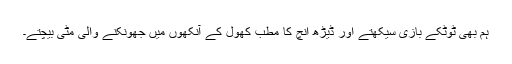
ہم بھی ٹوٹکے بازی سیکھتے اور ڈیڑھ انچ کا مطب کھول کے آنکھوں میں جھونکنے والی مٹی بیچتے۔